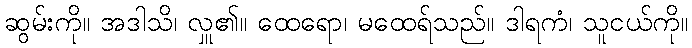
ဆွမ်းကို။ အဒါသိ၊ လှူ၏။ ထေရော၊ မထေရ်သည်။ ဒါရကံ၊ သူငယ်ကို။